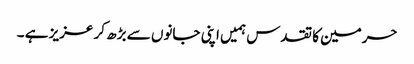
حرمین کا تقدس ہمیں اپنی جانوں سے بڑھ کر عزیز ہے ۔